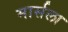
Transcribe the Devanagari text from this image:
मार्सला